DOW-UAP-D49, Launch Summary, Vandenberg AFB, 2000
Agency: Department of War
Incident date: 2/3/00
Page 41
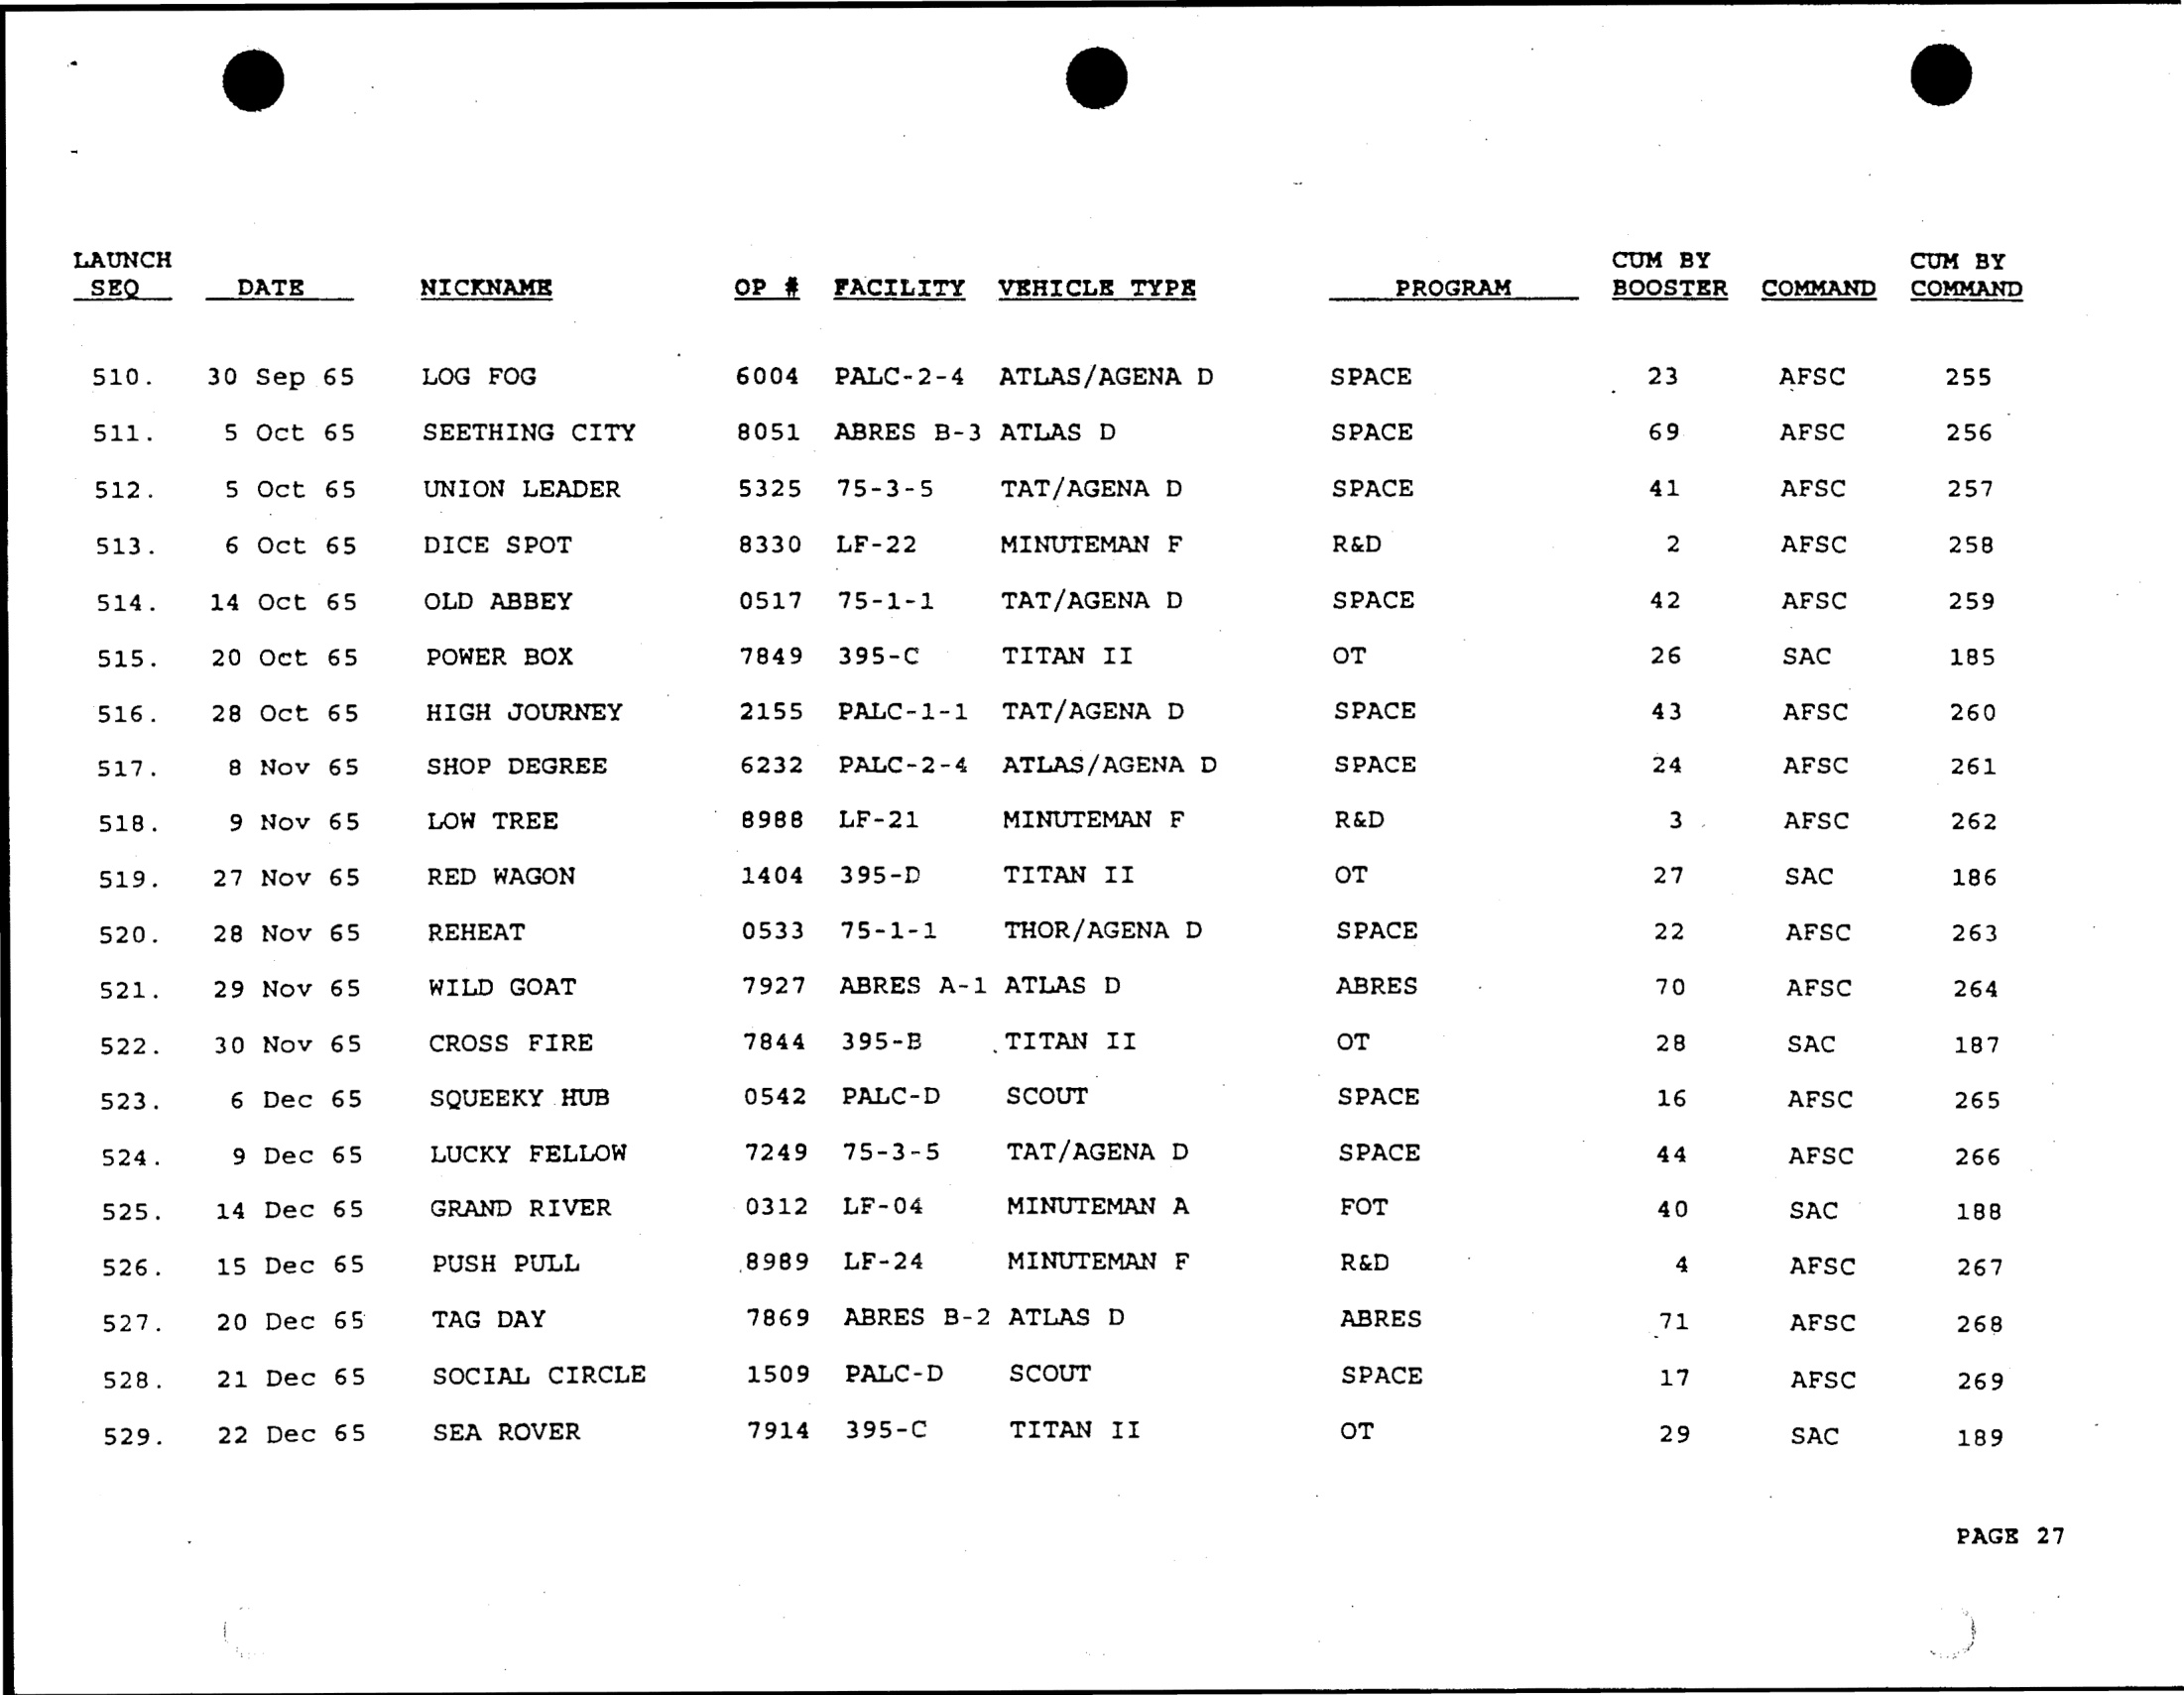